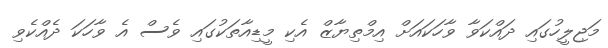
މަޖިލީހުގައި ދައްކަވާ ވާހަކައަށް އިމްތިޔާޒް އެކި މީޑިއާތަކުގައި ވެސް އެ ވާހަކަ ދެއްކެވި